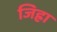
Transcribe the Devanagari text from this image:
जिह्रा